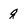
Character: g